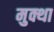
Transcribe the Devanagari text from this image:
मुक्था